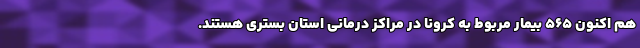
هم اکنون ۵۶۵ بیمار مربوط به کرونا در مراکز درمانی استان بستری هستند.